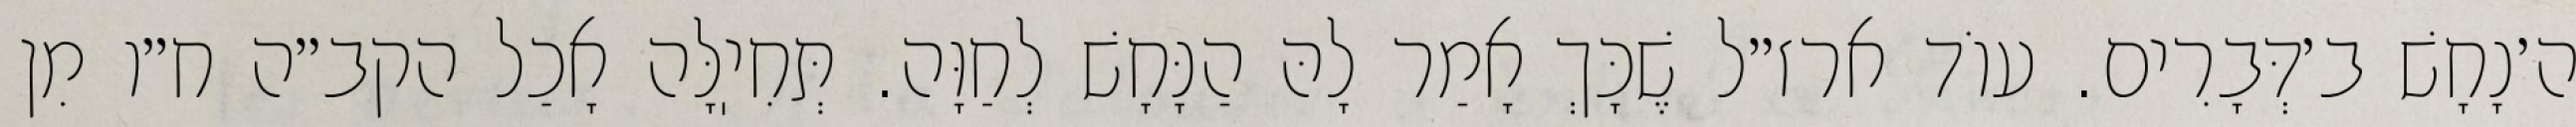
ה׳נָחָשׁ ב׳דְּבָרִים. עוֹד ארז״ל שֶׁכָּךְ אָמַר לָהּ הַנָּחָשׁ לְחַוָּה. תְּחִיֽלָּה אָכַל הקב״ה ח״ו מִן